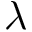
\lambda